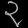
Digit: ၃